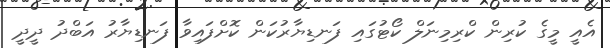
އެއީ މީގެ ކުރިން ކްރިމިނަލް ކޯޓުގައި ފަނޑިޔާރުކަން ކޮށްފައިވާ ފަނޑިޔާރު އަބްދު ދީދީ